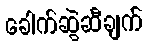
ခေါက်ဆွဲဆီချက်